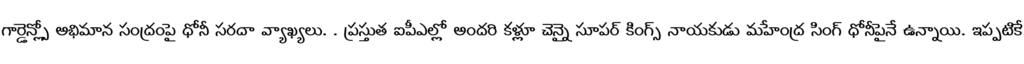
గార్డెన్స్లో అభిమాన సంద్రంపై ధోనీ సరదా వ్యాఖ్యలు. . ప్రస్తుత ఐపీఎల్లో అందరి కళ్లూ చెన్నై సూపర్ కింగ్స్ నాయకుడు మహేంద్ర సింగ్ ధోనీపైనే ఉన్నాయి. ఇప్పటికే